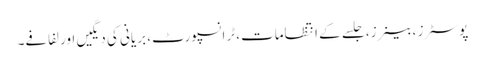
پوسٹرز ، بینرز، جلسے کے انتظامات، ٹرانسپورٹ، بریانی کی دیگیں اور لفافے۔